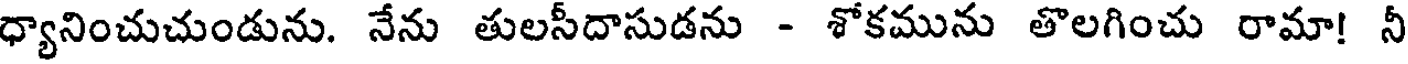
ధ్యానించుచుండును. నేను తులసీదాసుడను - శోకమును తొలగించు రామా! నీ